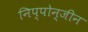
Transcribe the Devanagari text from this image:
निप्पोन्जीन